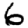
Digit: 6